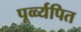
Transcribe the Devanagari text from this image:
पूर्व्व्यपित